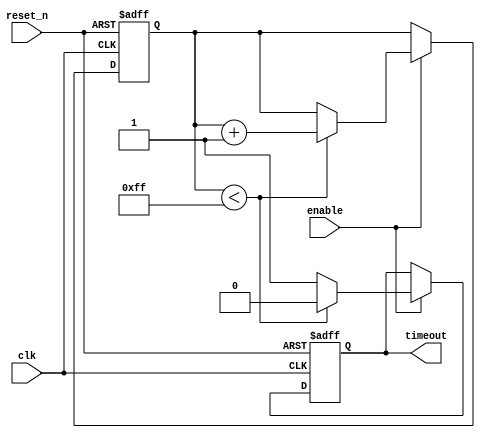
module timeout_counter #(
    parameter TIMEOUT_VALUE = 8'd255 // Set the timeout value (255 in this case)
)(
    input wire clk,                     // Clock input
    input wire reset_n,                 // Asynchronous active-low reset
    input wire enable,                  // Enable input
    output reg timeout                  // Timeout output signal
);

    // Counter register
    reg [7:0] counter;                  // 8-bit counter

    // Always block for counter operation
    always @(posedge clk or negedge reset_n) begin
        if (!reset_n) begin
            counter <= 8'b0;            // Reset counter to zero
            timeout <= 1'b0;            // Reset timeout signal
        end else if (enable) begin
            if (counter < TIMEOUT_VALUE) begin
                counter <= counter + 1;  // Increment counter
                timeout <= 1'b0;         // Clear timeout signal
            end else begin
                timeout <= 1'b1;         // Assert timeout signal
            end
        end
    end

endmodule